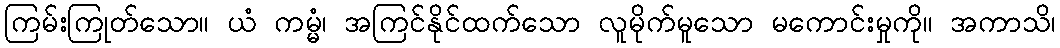
ကြမ်းကြုတ်သော။ ယံ ကမ္မံ၊ အကြင်နိုင်ထက်သော လူမိုက်မူသော မကောင်းမှုကို။ အကာသိ၊